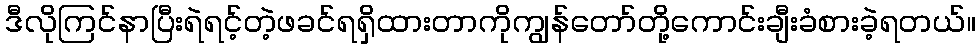
ဒီလိုကြင်နာပြီးရဲရင့်တဲ့ဖခင်ရရှိထားတာကိုကျွန်တော်တို့ကောင်းချီးခံစားခဲ့ရတယ်။